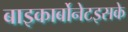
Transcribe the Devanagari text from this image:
बाइकार्बोनेटइसके